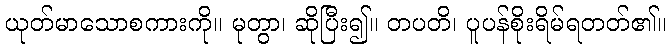
ယုတ်မာသောစကားကို။ မုတွာ၊ ဆိုပြီး၍။ တပတိ၊ ပူပန်စိုးရိမ်ရတတ်၏။